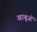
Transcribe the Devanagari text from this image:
खरबूजों